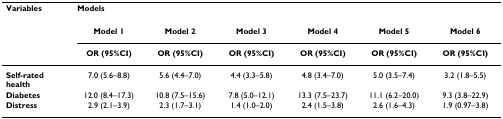
<table><thead><tr><td><b>Variables</b></td><td colspan="6"><b>Models</b></td></tr><tr><td></td><td><b>Model 1</b></td><td><b>Model 2</b></td><td><b>Model 3</b></td><td><b>Model 4</b></td><td><b>Model 5</b></td><td><b>Model 6</b></td></tr><tr><td></td><td><b>OR (95%CI)</b></td><td><b>OR (95%CI)</b></td><td><b>OR (95%CI)</b></td><td><b>OR (95%CI)</b></td><td><b>OR (95%CI)</b></td><td><b>OR (95%CI)</b></td></tr></thead><tbody><tr><td><b>Self-rated health</b></td><td>7.0 (5.6–8.8)</td><td>5.6 (4.4–7.0)</td><td>4.4 (3.3–5.8)</td><td>4.8 (3.4–7.0)</td><td>5.0 (3.5–7.4)</td><td>3.2 (1.8–5.5)</td></tr><tr><td><b>Diabetes</b></td><td>12.0 (8.4–17.3)</td><td>10.8 (7.5–15.6)</td><td>7.8 (5.0–12.1)</td><td>13.3 (7.5–23.7)</td><td>11.1 (6.2–20.0)</td><td>9.3 (3.8–22.9)</td></tr><tr><td><b>Distress</b></td><td>2.9 (2.1–3.9)</td><td>2.3 (1.7–3.1)</td><td>1.4 (1.0–2.0)</td><td>2.4 (1.5–3.8)</td><td>2.6 (1.6–4.3)</td><td>1.9 (0.97–3.8)</td></tr></tbody></table>